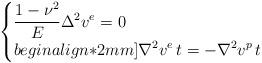
LaTeX: \begin{align*}\begin{cases}\displaystyle \frac{1-\nu^2}E\Delta^2v^e=0&\\begin{align*}2mm]\displaystyle \nabla^2v^e\,t=-\nabla^2v^p\,t&\end{cases}\end{align*}